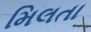
મિલતા